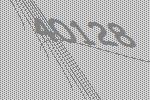
40128